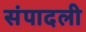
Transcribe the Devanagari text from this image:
संपादली